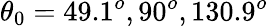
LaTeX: \theta_{0}=49.1^{o},90^{o},130.9^{o}